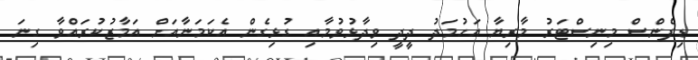
ޑިފެންސް މިނިސްޓަރު މާރިޔާ އަހުމަދު ދީދީ ވިދާޅުވުމާއި ގުޅިގެން އެކަމަނާއަށް އަމާޒުކުރައްވާ ގިނަ